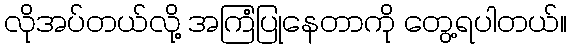
လိုအပ်တယ်လို့ အကြံပြုနေတာကို တွေ့ရပါတယ်။